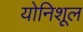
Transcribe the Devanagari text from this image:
योनिशूल